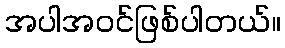
အပါအဝင်ဖြစ်ပါတယ်။